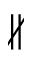
\nparallel